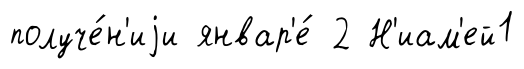
получе́н'иjи январ'е́ 2 Н'иам'ей1